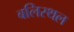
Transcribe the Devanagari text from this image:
बलिस्थल